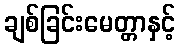
ချစ်ခြင်းမေတ္တာနှင့်